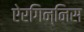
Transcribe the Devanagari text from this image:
ऐरगिन्निस